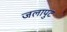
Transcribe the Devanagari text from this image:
जलापुट